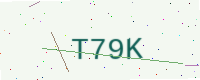
Text: T79K